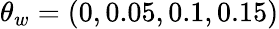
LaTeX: \theta_{w}=(0,0.05,0.1,0.15)